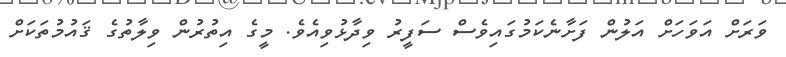
ވަރަށް އަވަހަށް އަލުން ފަށާނެކަމުގައިވެސް ސަފީރު ވިދާޅުވިއެވެ. މީގެ އިތުރުން ވިލާތުގެ ޤައުމުތަކަށް